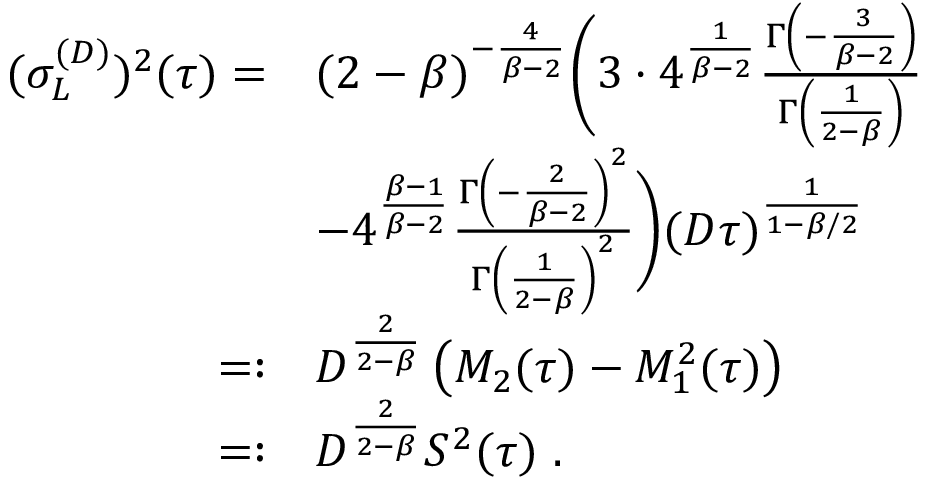
\begin{array} { r l } { ( \sigma _ { L } ^ { ( D ) } ) ^ { 2 } ( \tau ) = } & { ( 2 - \beta ) ^ { - \frac { 4 } { \beta - 2 } } \Bigg ( 3 \cdot 4 ^ { \frac { 1 } { \beta - 2 } } \frac { \Gamma \left( - \frac { 3 } { \beta - 2 } \right) } { \Gamma \left( \frac { 1 } { 2 - \beta } \right) } } \\ & { - 4 ^ { \frac { \beta - 1 } { \beta - 2 } } \frac { \Gamma \left( - \frac { 2 } { \beta - 2 } \right) ^ { 2 } } { \Gamma \left( \frac { 1 } { 2 - \beta } \right) ^ { 2 } } \Bigg ) ( D \tau ) ^ { \frac { 1 } { 1 - \beta / 2 } } } \\ { = : } & { D ^ { \frac { 2 } { 2 - \beta } } \left( M _ { 2 } ( \tau ) - M _ { 1 } ^ { 2 } ( \tau ) \right) } \\ { = : } & { D ^ { \frac { 2 } { 2 - \beta } } S ^ { 2 } ( \tau ) \ . } \end{array}